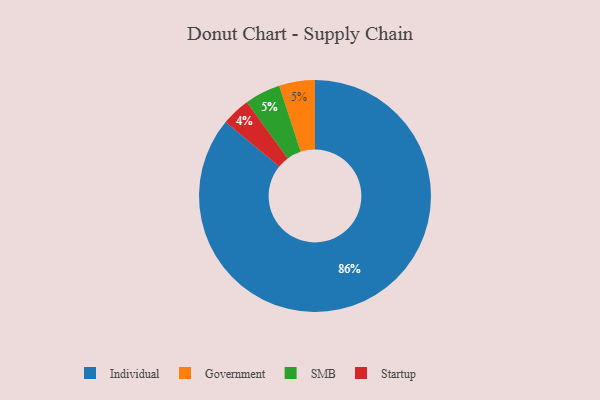
{"axis": {"x": "Category", "y": "Percentage"}, "legend": ["Government", "Individual", "SMB", "Startup"], "data": [{"x": "Government", "y": 5, "type": "Government"}, {"x": "Startup", "y": 4, "type": "Startup"}, {"x": "Individual", "y": 86, "type": "Individual"}, {"x": "SMB", "y": 5, "type": "SMB"}]}